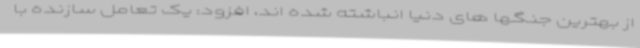
از بهترین جنگها های دنیا انباشته شده اند، افزود: یک تعامل سازنده با